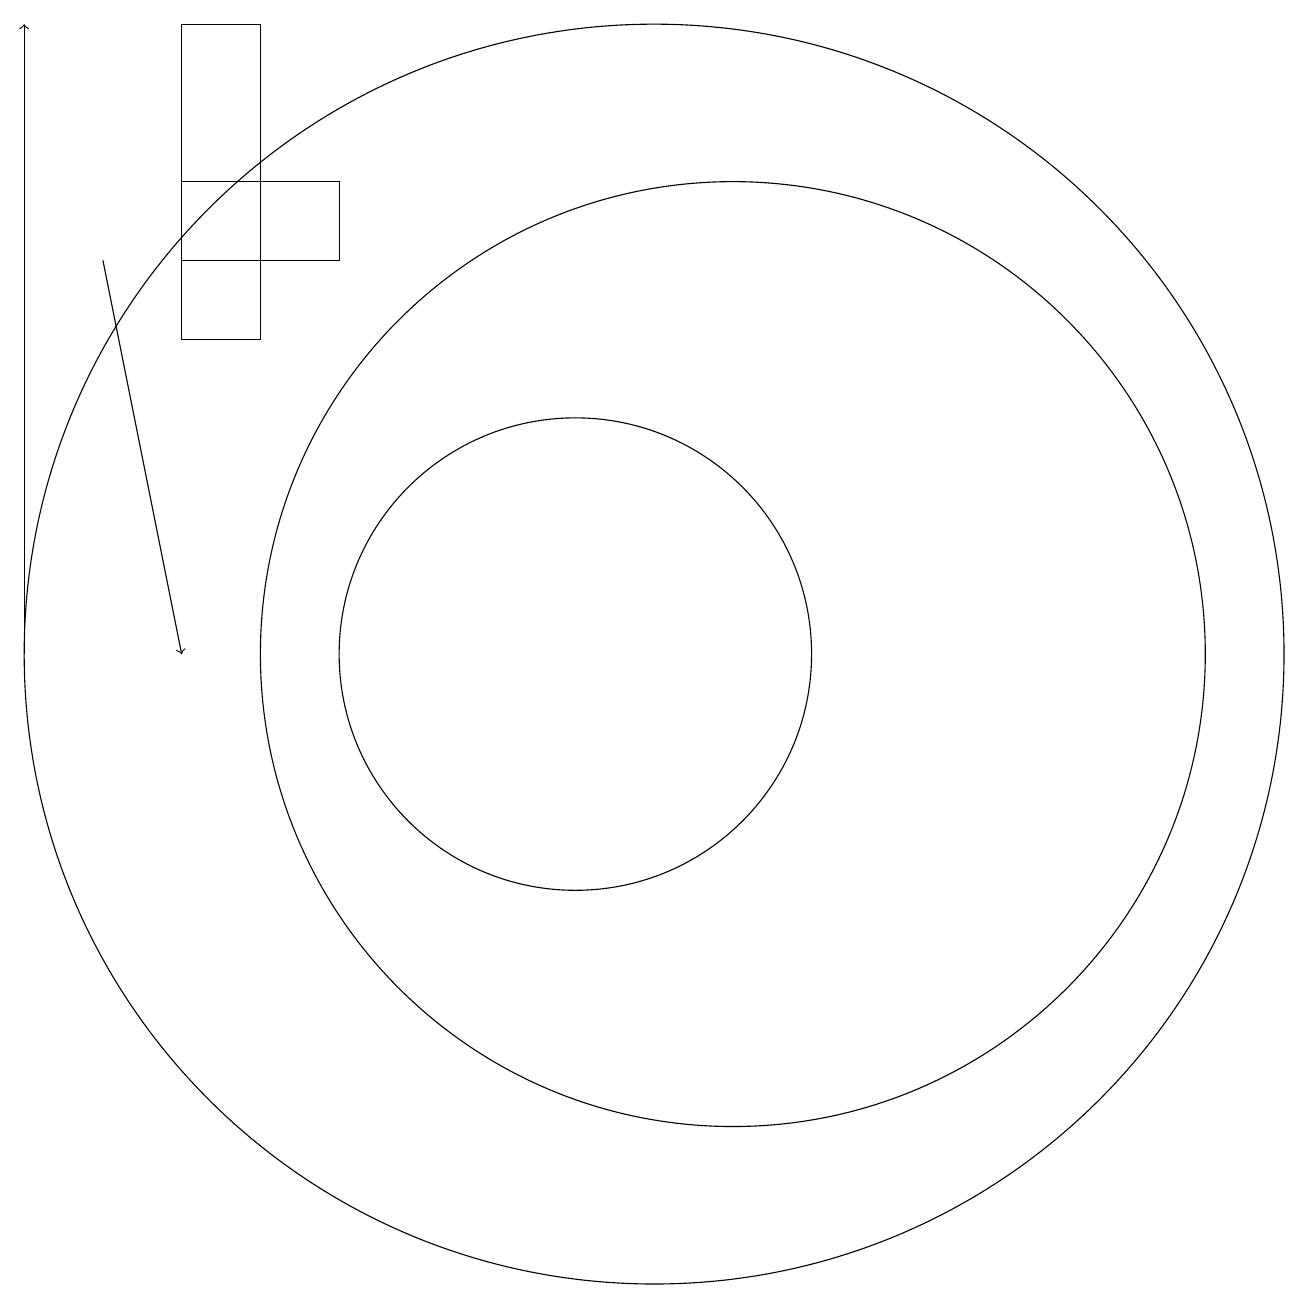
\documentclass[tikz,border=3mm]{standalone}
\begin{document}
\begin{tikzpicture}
\draw (11,12) circle (0);
\draw[->] (3,10) -- (3,18);
\draw (11,10) circle (8);
\draw (10,10) circle (3);
\draw[->] (4,15) -- (5,10);
\draw (5,18) rectangle (6,14);
\draw (5,15) rectangle (7,16);
\draw (12,10) circle (6);
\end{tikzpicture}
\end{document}